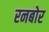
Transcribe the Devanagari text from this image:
रनबोर